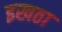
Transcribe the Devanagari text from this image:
इखठा